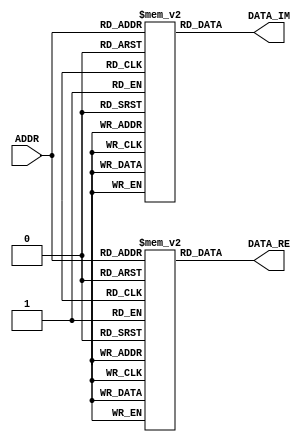
module READ_ROM32 ( input[4:0] ADDR ,output[31:0] DATA_RE,output[31:0] DATA_IM);
reg [31:0] re[0:31];
initial  begin
re[0] = 32'h00000000;re[1] = 32'hFFE4CC88;re[2] = 32'h002DA5B3;re[3] = 32'hFFCE9932;
re[4] = 32'h00254173;re[5] = 32'hFFF2E19A;re[6] = 32'hFFF0C26D;re[7] = 32'h0026B1CD;
re[8] = 32'hFFCE4E3A;re[9] = 32'h002CB328;re[10] = 32'hFFE6AE85;re[11] = 32'hFFFDC9B2;
re[12] = 32'h001D07D3;re[13] = 32'hFFD17EA5;re[14] = 32'h00310311;re[15] = 32'hFFDC4195;
re[16] = 32'h000AF8A5;re[17] = 32'h0011551D;re[18] = 32'hFFD7F13F;re[19] = 32'h0031E3D5;
re[20] = 32'hFFD455CB;re[21] = 32'h001762CC;re[22] = 32'h00046B81;re[23] = 32'hFFE13261;
re[24] = 32'h002F45B3;re[25] = 32'hFFCF793E;re[26] = 32'h00222978;re[27] = 32'hFFF7329D;
re[28] = 32'hFFEC9C0A;re[29] = 32'h002957A0;re[30] = 32'hFFCE0320;re[31] = 32'h002A8B5D;
end
reg [31:0] im[0:31];
initial  begin
im[0] = 32'h00000000;im[1] = 32'h00000000;im[2] = 32'h00000000;im[3] = 32'h00000000;
im[4] = 32'h00000000;im[5] = 32'h00000000;im[6] = 32'h00000000;im[7] = 32'h00000000;
im[8] = 32'h00000000;im[9] = 32'h00000000;im[10] = 32'h00000000;im[11] = 32'h00000000;
im[12] = 32'h00000000;im[13] = 32'h00000000;im[14] = 32'h00000000;im[15] = 32'h00000000;
im[16] = 32'h00000000;im[17] = 32'h00000000;im[18] = 32'h00000000;im[19] = 32'h00000000;
im[20] = 32'h00000000;im[21] = 32'h00000000;im[22] = 32'h00000000;im[23] = 32'h00000000;
im[24] = 32'h00000000;im[25] = 32'h00000000;im[26] = 32'h00000000;im[27] = 32'h00000000;
im[28] = 32'h00000000;im[29] = 32'h00000000;im[30] = 32'h00000000;im[31] = 32'h00000000;
end
assign DATA_RE = re[ADDR];
assign DATA_IM = im[ADDR];
endmodule